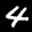
Label: 4